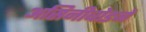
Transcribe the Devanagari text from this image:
असिनीबोइने